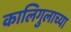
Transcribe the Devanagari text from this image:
कालिगुलाच्या